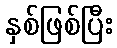
နှစ်ဖြစ်ပြီး